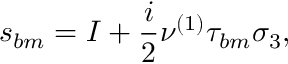
s _ { b m } = I + \frac { i } { 2 } \nu ^ { \left( 1 \right) } \tau _ { b m } \sigma _ { 3 } ,